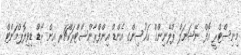
މިނިސްޓްރީ އޮފް ނޭޝަނަލް ޕްލޭނިންގް ހައުސިންގ އެންޑް އިންފްރާންސްޓްރަކްޗަރ އިން ރޯޑް ޑިވިލޮޕްމަންޓް